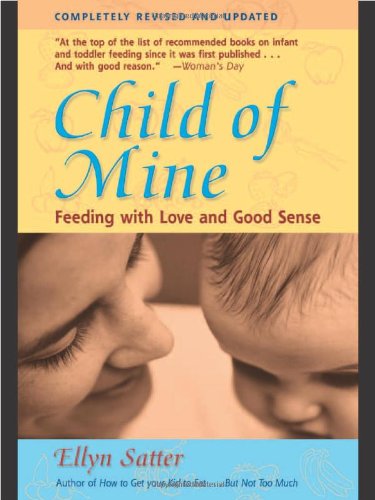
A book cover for Child of Mine: Feeding with Love and Good Sense, Revised and Updated Edition; Ellyn Satter; Parenting & Relationships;